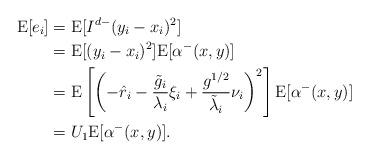
\begin{align*}\mathrm{E}[e_i] &= \mathrm{E}[I^{d-}(y_i-x_i)^2] \\&= \mathrm{E}[(y_i-x_i)^2] \mathrm{E}[\alpha^-(x,y)] \\&= \mathrm{E}\left[ \left(-\hat{r}_i - \frac{\tilde{g}_i}{\lambda_i}\xi_i + \frac{g^{1/2}}{\tilde{\lambda}_i} \nu_i \right)^2 \right] \mathrm{E}[\alpha^-(x,y)]\\&= U_1 \mathrm{E}[\alpha^-(x,y)].\end{align*}